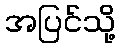
အပြင်သို့